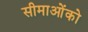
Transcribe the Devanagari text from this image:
सीमाओंको